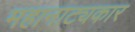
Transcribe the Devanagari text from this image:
महानाट्यकार